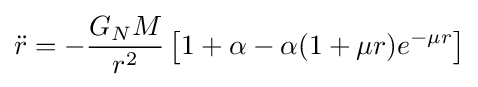
{\ddot {r}}=-{\frac {G_{N}M}{r^{2}}}\left[1+\alpha -\alpha (1+\mu r)e^{-\mu r}\right]